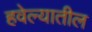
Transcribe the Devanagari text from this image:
हवेल्यातील